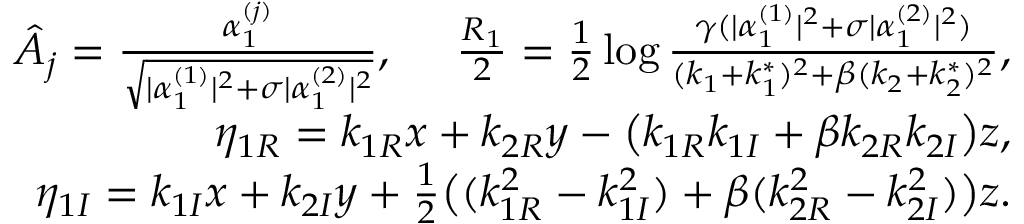
\begin{array} { r l r } & { } & { \hat { A } _ { j } = \frac { \alpha _ { 1 } ^ { ( j ) } } { \sqrt { \lvert \alpha _ { 1 } ^ { ( 1 ) } \rvert ^ { 2 } + \sigma \lvert \alpha _ { 1 } ^ { ( 2 ) } \rvert ^ { 2 } } } , ~ ~ ~ ~ \frac { R _ { 1 } } { 2 } = \frac { 1 } { 2 } \log \frac { \gamma ( \lvert \alpha _ { 1 } ^ { ( 1 ) } \rvert ^ { 2 } + \sigma \lvert \alpha _ { 1 } ^ { ( 2 ) } \vert ^ { 2 } ) } { ( k _ { 1 } + k _ { 1 } ^ { * } ) ^ { 2 } + \beta ( k _ { 2 } + k _ { 2 } ^ { * } ) ^ { 2 } } , } \\ & { } & { \eta _ { 1 R } = k _ { 1 R } x + k _ { 2 R } y - \big ( k _ { 1 R } k _ { 1 I } + \beta k _ { 2 R } k _ { 2 I } \big ) z , } \\ & { } & { \eta _ { 1 I } = k _ { 1 I } x + k _ { 2 I } y + \frac { 1 } { 2 } \big ( ( k _ { 1 R } ^ { 2 } - k _ { 1 I } ^ { 2 } ) + \beta ( k _ { 2 R } ^ { 2 } - k _ { 2 I } ^ { 2 } ) \big ) z . } \end{array}